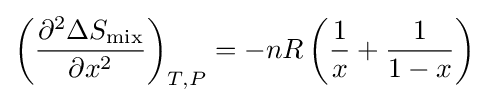
\left({\frac {\partial ^{2}\Delta S_{\text{mix}}}{\partial x^{2}}}\right)_{T,P}=-nR\left({\frac {1}{x}}+{\frac {1}{1-x}}\right)